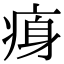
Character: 𤶴